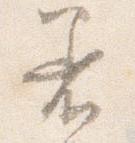
着